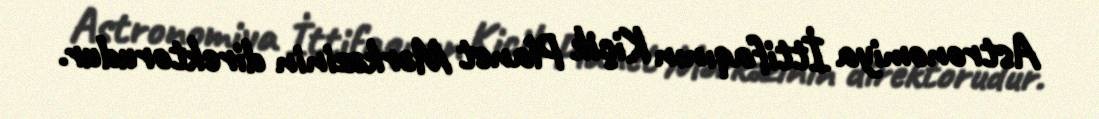
Astronomiya İttifaqının Kiçik Planet Mərkəzinin direktorudur.